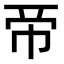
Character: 𢂇